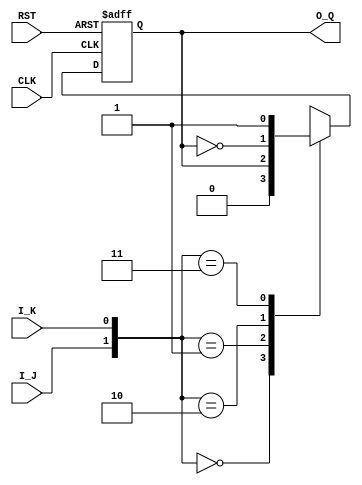
//===============================================================================
// FPGA DONKEY KONG  used LOGIC IP 
//
// Version : 1.00
//
// Copyright(c) 2003 - 2004 Katsumi Degawa , All rights reserved
//
// Important !
//
// This program is freeware for non-commercial use. 
// An author does no guarantee about this program.
// You can use this under your own risk.
//
//================================================================================

//================================================
// 74xx109
// JK FLIP-FLOPS with PRESET & RST
//     PRESET NO USE
//================================================

module  logic_74xx109(

CLK,
RST,
I_J,
I_K,
O_Q

);

input  CLK,RST;
input  I_J,I_K;
output O_Q;

reg    Q;

assign O_Q   = Q;

always@(posedge CLK or negedge RST)
begin
   if(RST == 1'b0) Q <= 1'b0;
   else begin
      case({I_J,I_K})
         2'b00: Q <= 1'b0;
         2'b01: Q <= Q;
         2'b10: Q <= ~Q;
         2'b11: Q <= 1'b1;
      endcase
   end
end

endmodule

//================================================
// 74xx138
// 3-to-8 line decoder
//================================================

module  logic_74xx138(

I_G1,
I_G2a,
I_G2b,
I_Sel,
O_Q

);

input  I_G1,I_G2a,I_G2b;
input  [2:0]I_Sel;
output [7:0]O_Q;

reg    [7:0]O_Q;
wire   [2:0]I_G = {I_G1,I_G2a,I_G2b};
always@(I_G or I_Sel or O_Q)
begin
   if(I_G == 3'b100 )begin
      case(I_Sel)
         3'b000: O_Q = 8'b11111110;
         3'b001: O_Q = 8'b11111101;
         3'b010: O_Q = 8'b11111011;
         3'b011: O_Q = 8'b11110111;
         3'b100: O_Q = 8'b11101111;
         3'b101: O_Q = 8'b11011111;
         3'b110: O_Q = 8'b10111111;
         3'b111: O_Q = 8'b01111111;
	  endcase
   end
   else begin
      O_Q = 8'b11111111;
   end
end
endmodule

//================================================
// 74xx139
// 2-to-4 line decoder
//================================================

module  logic_74xx139(

I_G,
I_Sel,
O_Q

);

input  I_G;
input  [1:0]I_Sel;
output [3:0]O_Q;

reg    [3:0]O_Q;
always@(I_G or I_Sel or O_Q)
begin
   if(I_G == 1'b0 )begin
      case(I_Sel)
         2'b00: O_Q = 4'b1110;
         2'b01: O_Q = 4'b1101;
         2'b10: O_Q = 4'b1011;
         2'b11: O_Q = 4'b0111;
      endcase
   end
   else begin
      O_Q = 4'b1111;
   end
end

endmodule